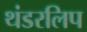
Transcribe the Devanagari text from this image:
थंडरलिप